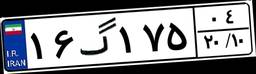
۱۶گ۱۷۵۰۴